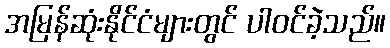
အမြန်ဆုံးနိုင်ငံများတွင် ပါဝင်ခဲ့သည်။